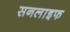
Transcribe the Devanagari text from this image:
सनलाइफ